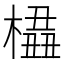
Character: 橻